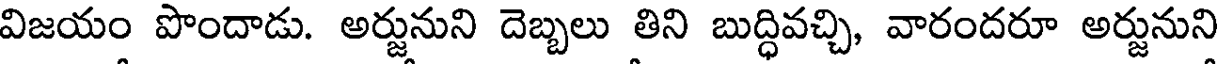
విజయం పొందాడు. అర్జునుని దెబ్బలు తిని బుద్ధివచ్చి, వారందరూ అర్జునుని